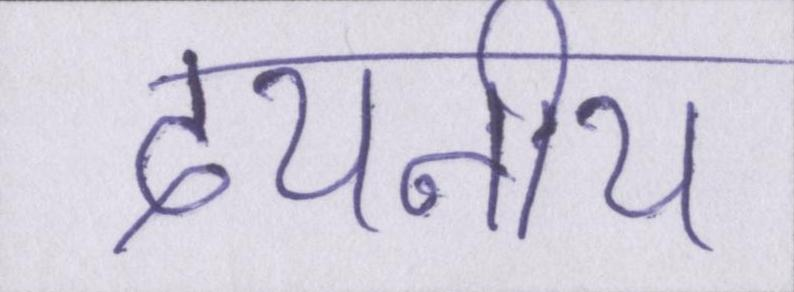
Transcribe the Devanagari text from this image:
दयनीय